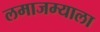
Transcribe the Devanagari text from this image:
लमाजम्याला